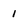
Character: 1